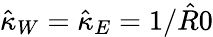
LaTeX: \hat{\kappa}_{W}=\hat{\kappa}_{E}=1/\hat{R}0